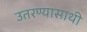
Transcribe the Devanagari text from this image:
उतरण्यासाथी